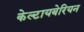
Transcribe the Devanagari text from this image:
केल्टायबेरियन